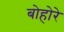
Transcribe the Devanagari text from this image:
बोहोरे